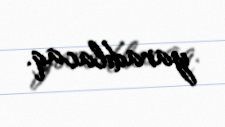
yaradılacaq.